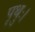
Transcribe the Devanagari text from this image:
पृथुः।